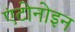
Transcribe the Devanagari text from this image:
एंटोनोइन